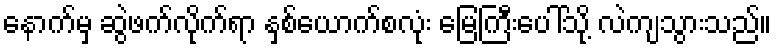
နောက်မှ ဆွဲဖက်လိုက်ရာ နှစ်ယောက်စလုံး မြေကြီးပေါ်သို့ လဲကျသွားသည်။